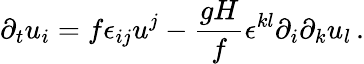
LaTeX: \partial_{t}{u}_{i}=f\epsilon_{ij}u^{j}-\frac{gH}{f}\epsilon^{kl}\partial_{i}\partial_{k}u_{l}\, .